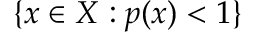
\{ x \in X : p ( x ) < 1 \}